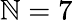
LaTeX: \mathbb{N}=7